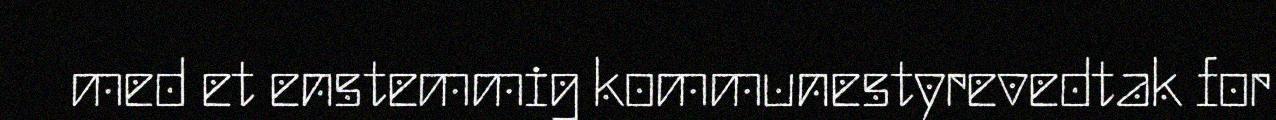
med et enstemmig kommunestyrevedtak for